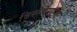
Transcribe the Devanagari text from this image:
विशेषणाचा